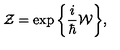
{ \cal Z } = \exp \bigg \{ \frac { i } { \hbar } { \cal W } \bigg \} ,